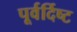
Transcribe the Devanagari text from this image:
पूर्वर्दिष्ट